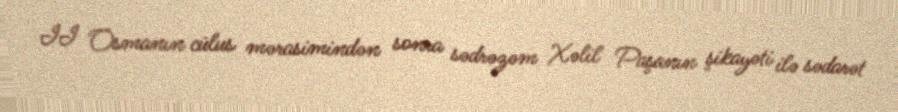
II Osmanın cülus mərasimindən sonra sədrəzəm Xəlil Paşanın şikayəti ilə sədarət